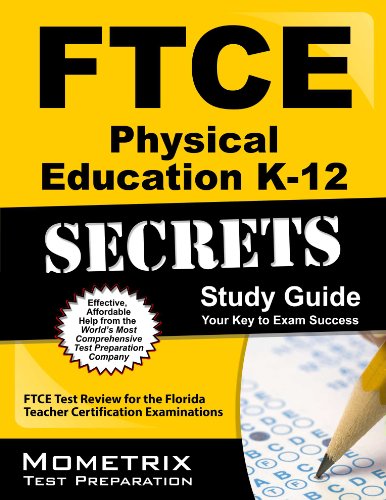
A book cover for FTCE Physical Education K-12 Secrets Study Guide: FTCE Test Review for the Florida Teacher Certification Examinations; FTCE Exam Secrets Test Prep Team; Test Preparation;